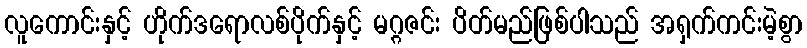
လူကောင်းနှင့် ဟိုက်ဒရောလစ်ပိုက်နှင့် မဂ္ဂဇင်း ပိတ်မည်ဖြစ်ပါသည် အရှက်ကင်းမဲ့စွာ